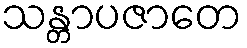
သန္တာပဇာတေ